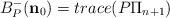
LaTeX: \begin{align*}B^{-}_{P}(\mathbf{n}_{0})=trace(P\Pi_{n+1})\end{align*}